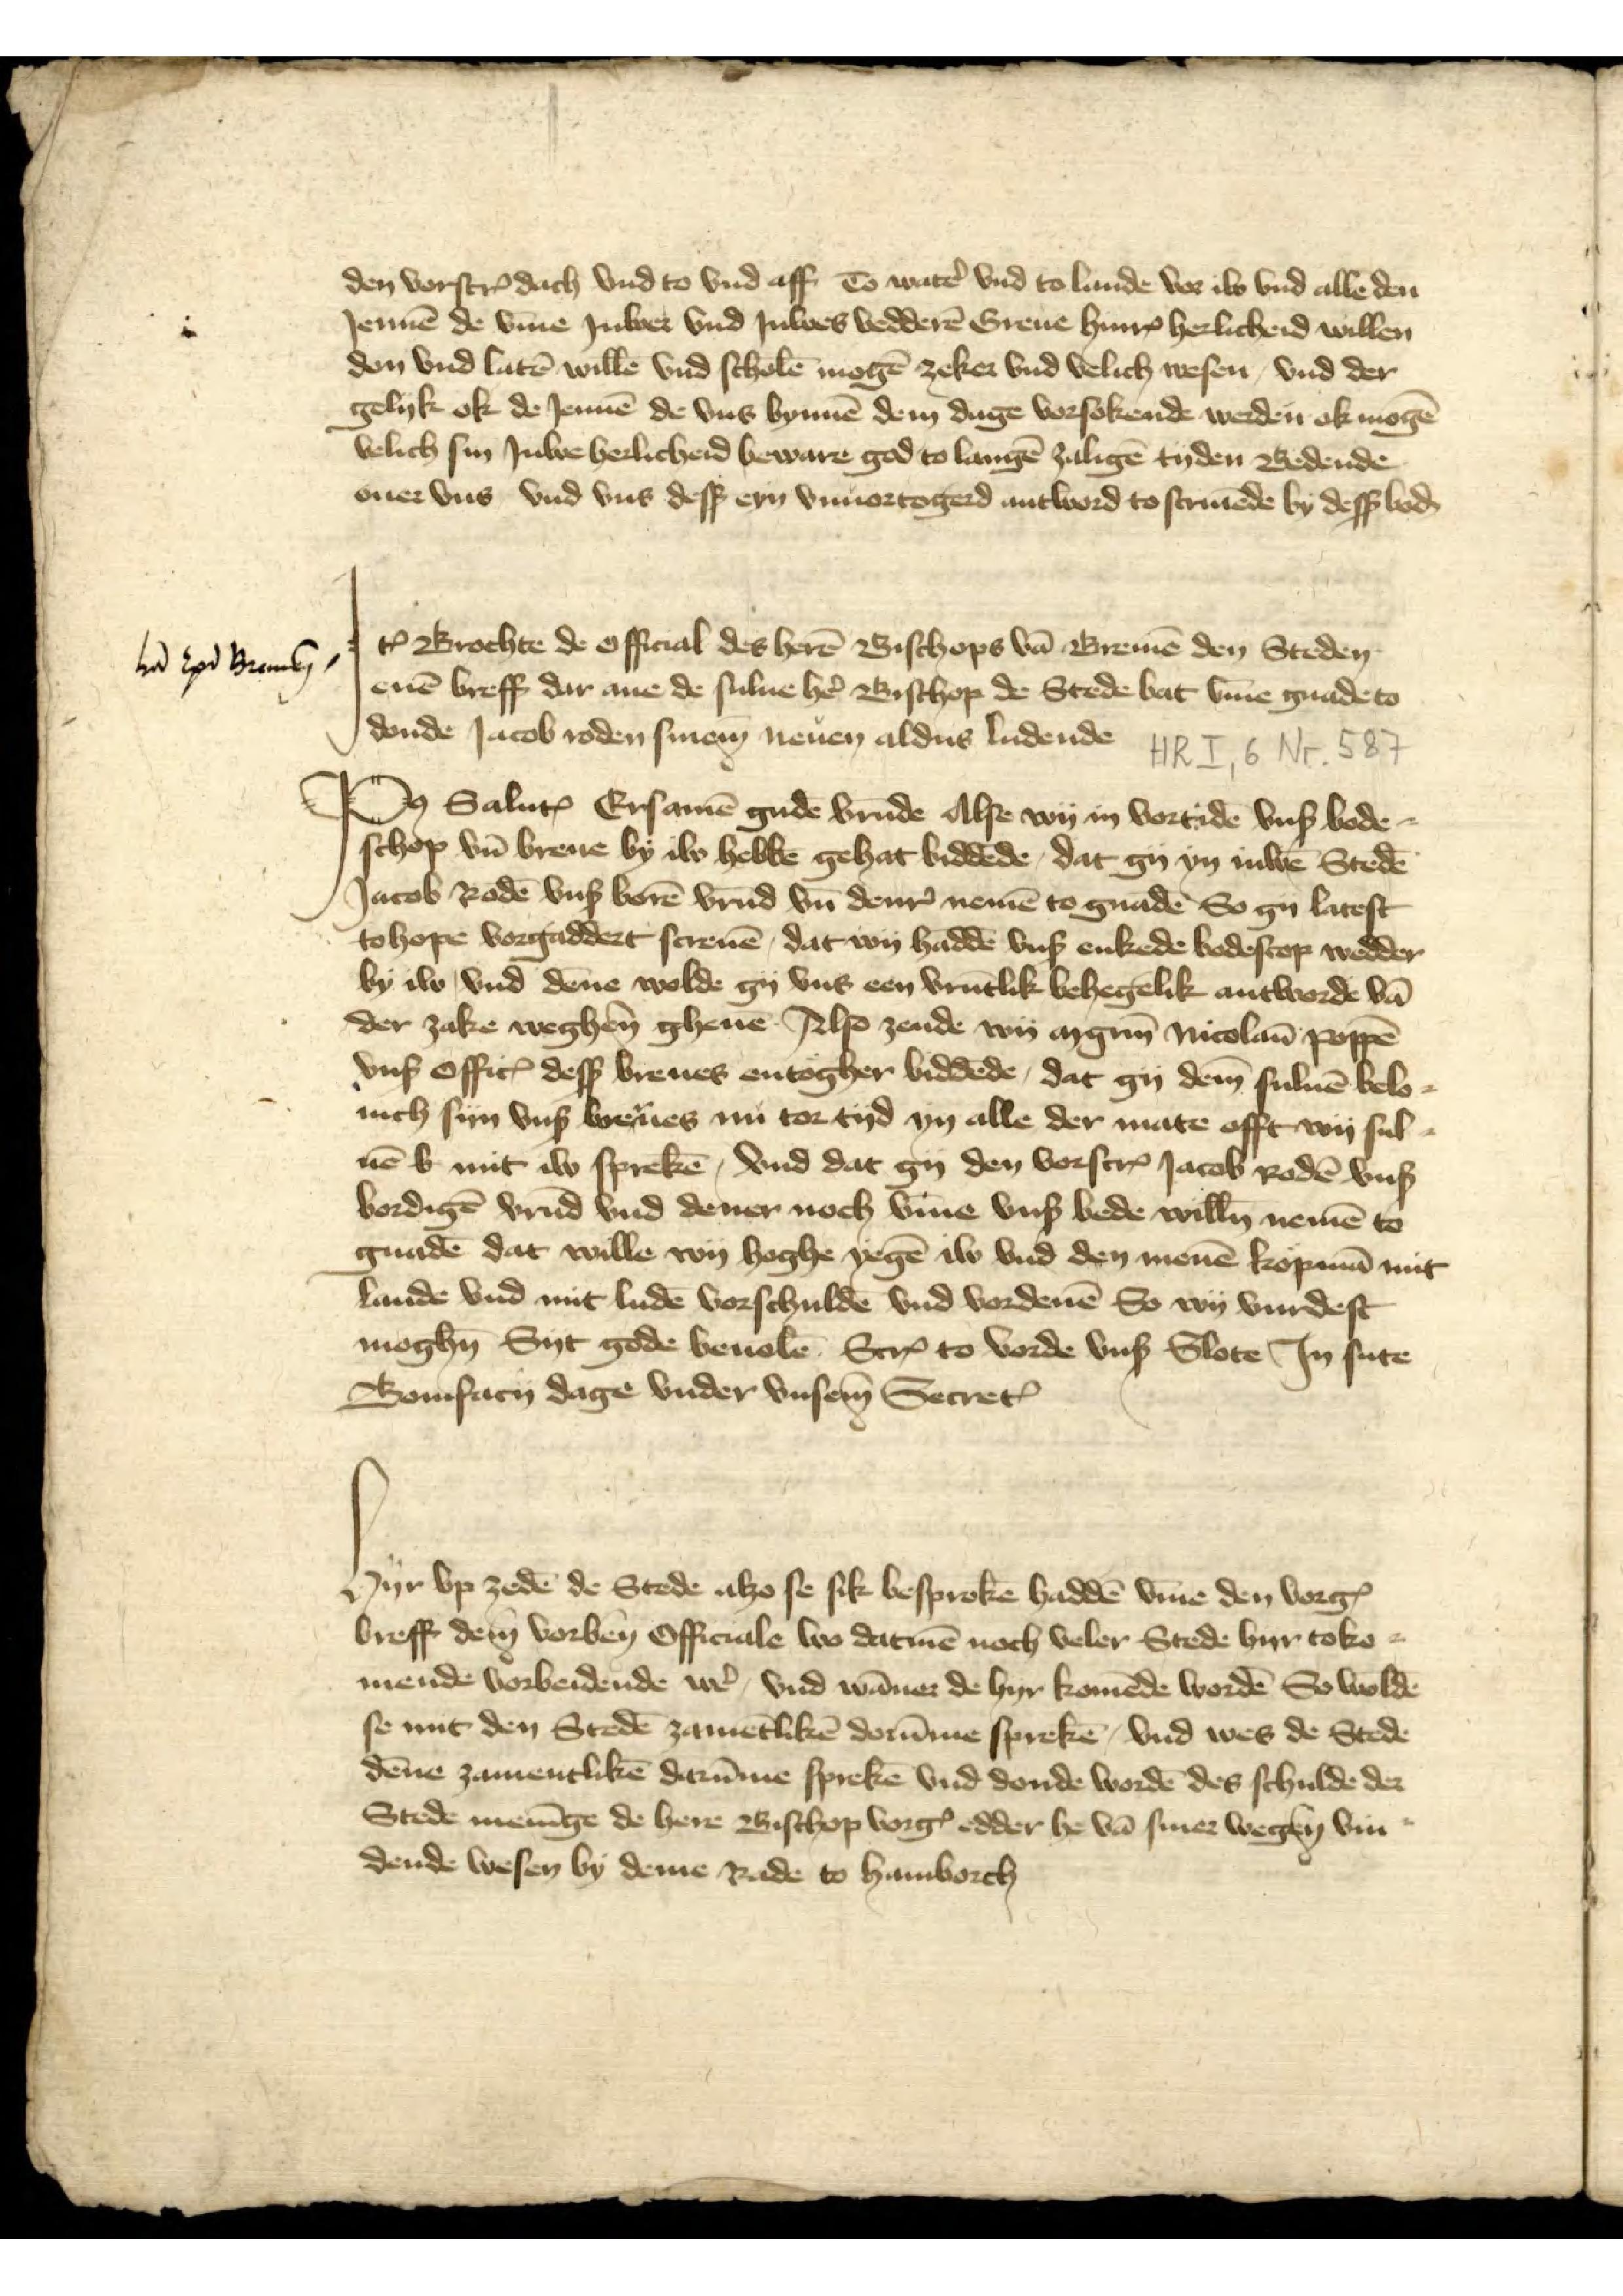
den vorscrꝬ dach vnd to vnd aff To watẻ vnd to lande vor iw vnd alle den
Jennē de v̄me Juwer vnd Juwes bedderē Greue HinrꝬ herlicheid willen
don vnd latē willē vnd scholē mogē zeker vnd velich wesen, vnd der
gelyk ok de Jennē de vns bynnē dem dage vorsokende werden ok mogē
velich sin Juwe herlicheid beware god to langē zaligē tyden Bedende
ouer vns vnd vns desß eyn vnuortogerd antword to scriuēde by desß boḑ

Iꝷ Brochte de official des herē Bischops vā Bremē den Steden
enē breff dar ane de sulue hẻ Bischop de Stede bat v̄me gnade to
donde Jacob Roden sinem neuen aldus ludende

Iꝷ Brochte de official des herē Bischops vā Bremē den Steden
donde Jacob Roden sinem neuen aldus ludende

vā Epo Bremen

Po̧ Saluꝷ Ersamē gude vrūde alse wy in vortide vnß bode¬
schop vn̄ breue by iw hebben gehat biddēde, dat gy yn iuwē Stedē
Jacob Rodē vnß borē vrūd vn̄ denr̉ nemē to gnadē So gy latest
tohope vorgaddert screuē, dat wy haddē vnß enkede bodescop wedder
by iw vnd dēne wolde gy vns een vrūtlik behegelik antworde vā
der zake weghen gheue Also zende wy angen Nicolaū Poppē
vnß officꝬ desß breues entogher biddēde, dat gy dem̄ suluē belo¬
nich syn vnß breues nu tor tyd yn alle der mate offt vy sul¬
uē b mit iw sprekē, vnd dat gy den vorscrꝬ Jacob Rodē vnß
bordigē vrūd vnd dener noch vīne vnß bede will̄n nemē to
gnade dat wille wy hoghe yegē iw vnd den menē Kopmā mit
lande vnd mit ludē vorschuldē vnd vordenē so wy vurdest
mogh̄n syt gode beuolē ScrꝬ to vorde vnß Slote Jn sūte
Bonifary dage vnder vnsem SecretꝬ

Hyr up zedē de Stede alzo se sik besprokē haddē v̄me den vorgꝬ
breff dem vorben̄ Officoale wo dartmē noch veler Stede hyr to ko¬
mende vorbeidende wẻ, vnd wāner de hyr komēde wordē So woldē
se mit den Stedē zamētlikē dorūme sprekē, vnd wes de Stede
dēne zamentlikē darūme sprekē vnd donde wordē des schulde der
Stede menīge de here Bischop vorgꝬ edder he vā siner wegen vin¬
dende wesen by deme Rade to Hamborch